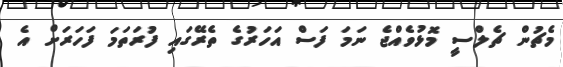
މެޗުން ޗެލްސީ މޮޅުވެއްޖެ ނަމަ ފަސް އަހަރުގެ ތެރޭގައި ފުރަތަމަ ފަހަރަށް އެ